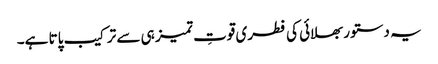
یہ دستور بھلائی کی فطری قوتِ تمیز ہی سے ترکیب پاتا ہے۔